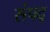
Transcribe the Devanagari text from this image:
संपद्